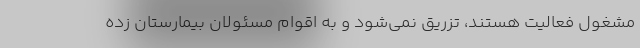
مشغول فعالیت هستند، تزریق نمی‌شود و به اقوام مسئولان بیمارستان زده